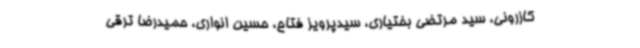
کازرونی، سید مرتضی بختیاری، سیدپرویز فتاح، حسین انواری، حمیدرضا ترقی